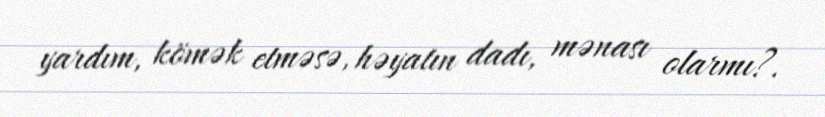
yardım, kömək etməsə, həyatın dadı, mənası olarmı?.